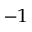
^ { - 1 }